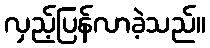
လှည့်ပြန်လာခဲ့သည်။